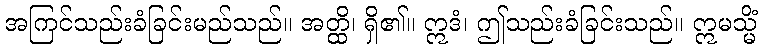
အကြင်သည်းခံခြင်းမည်သည်။ အတ္ထိ၊ ရှိ၏။ ဣဒံ၊ ဤသည်းခံခြင်းသည်။ ဣမသ္မိံ